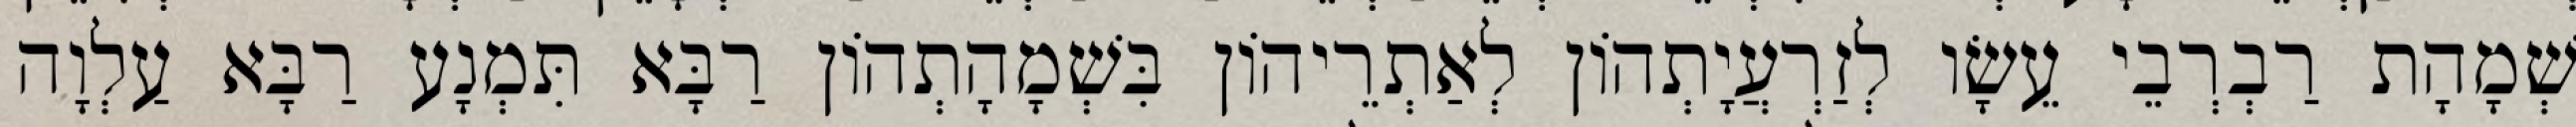
שְׁמָהָת רַבְרְבֵי עֵשָׂו לְזַרְעֲיָתְהוֹן לְאַתְרֵיהוֹן בִּשְׁמָהָתְהוֹן רַבָּא תִּמְנָע רַבָּא עַלְוָה